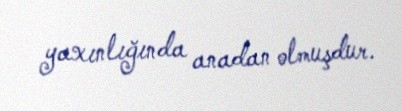
yaxınlığında anadan olmuşdur.